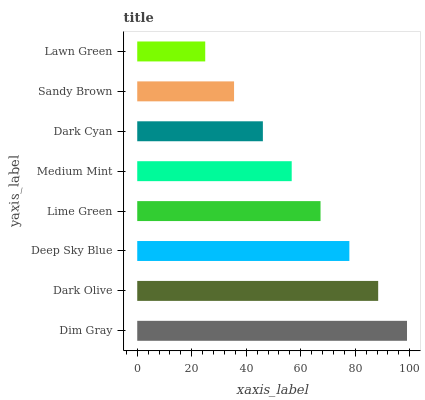
| yaxis_label | bars |
 | --- | --- |
 | Dim Gray | 99 |
 | Dark Olive | 88.4 |
 | Deep Sky Blue | 77.8 |
 | Lime Green | 67.3 |
 | Medium Mint | 56.7 |
 | Dark Cyan | 46.1 |
 | Sandy Brown | 35.5 |
 | Lawn Green | 25 |